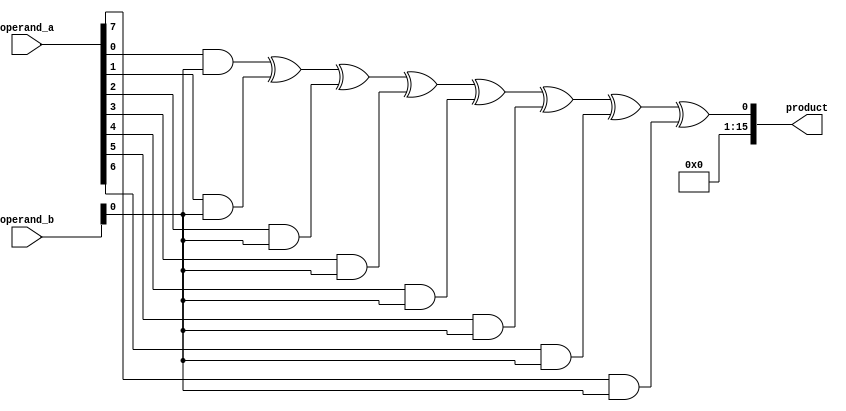
module dadda_multiplier(
    input wire [7:0] operand_a,
    input wire [7:0] operand_b,
    output reg [15:0] product
);

wire [7:0] pp[7:0];
wire [15:0] sum[15:0];

genvar i;
generate
    for (i = 0; i < 8; i = i + 1) begin
        assign pp[i] = operand_a[i] & operand_b;
    end
endgenerate

genvar j;
generate
    for (j = 0; j < 16; j = j + 1) begin
        assign sum[j] = pp[0][j] ^ pp[1][j] ^ pp[2][j] ^ pp[3][j] ^ pp[4][j] ^ pp[5][j] ^ pp[6][j] ^ pp[7][j];
    end
endgenerate

always @* begin
    product = {sum[15], sum[14], sum[13], sum[12], sum[11], sum[10], sum[9], sum[8], sum[7], sum[6], sum[5], sum[4], sum[3], sum[2], sum[1], sum[0]};
end

endmodule